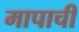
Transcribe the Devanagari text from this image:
मापाची